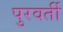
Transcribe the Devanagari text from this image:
पुरवर्ती